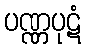
ပဏ္ဏပုဋံ